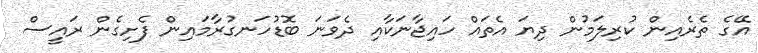
އޭގެ ތެރެއިން ކުރިލަމުން ދިޔަ އެތައް ހައިޖާނަކާއި ދެވަނަ ބޮޑުހަނގުރާމައިން ފެށިގެން ރައީސް